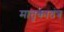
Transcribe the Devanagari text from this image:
मातृकातंत्र